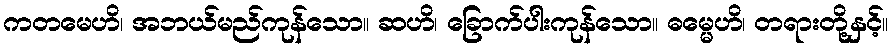
ကတမေဟိ၊ အဘယ်မည်ကုန်သော။ ဆဟိ၊ ခြောက်ပါးကုန်သော။ ဓမ္မေဟိ၊ တရားတို့နှင့်။